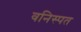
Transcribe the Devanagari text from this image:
वनिस्पत